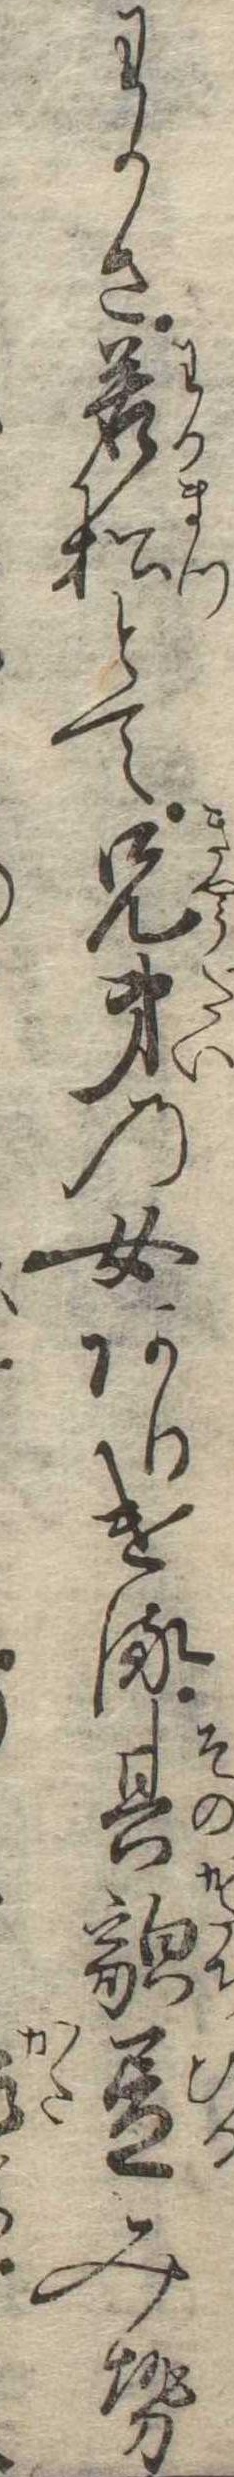
わかさ若松とて兄弟の女ありける其貌昼みせ